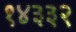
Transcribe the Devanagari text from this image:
१४३३२